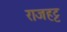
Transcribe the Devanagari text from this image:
राजहट्ट